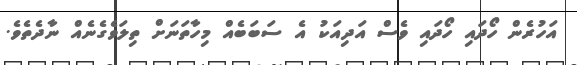
އަހުރެން ހޯދައި ހޯދައި ވެސް އަދިއަކު އެ ސަބަބެއް މިހާތަނަށް ތިލަވެގެނެއް ނާދެތެވެ.